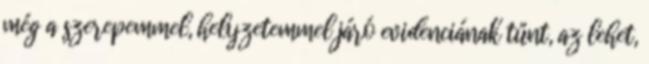
még a szerepemmel, helyzetemmel járó evidenciának tűnt, az lehet,